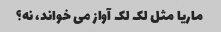
ماریا مثل لک لک آواز می خواند، نه؟